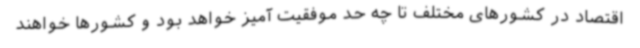
اقتصاد در کشورهای مختلف تا چه حد موفقیت آمیز خواهد بود و کشورها خواهند